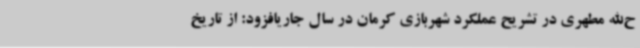
ح‌الله مطهری در تشریح عملکرد شهربازی کرمان در سال جاریافزود: از تاریخ